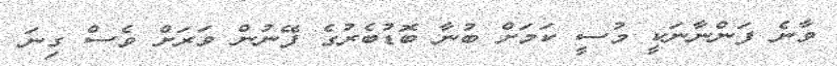
ވާނެ ފަންނާނަކީ މުސީ ކަމަށް ބުނާ ބޮޑުބެރުގެ ފޭނުން ވަރަށް ވެސް ގިނަ